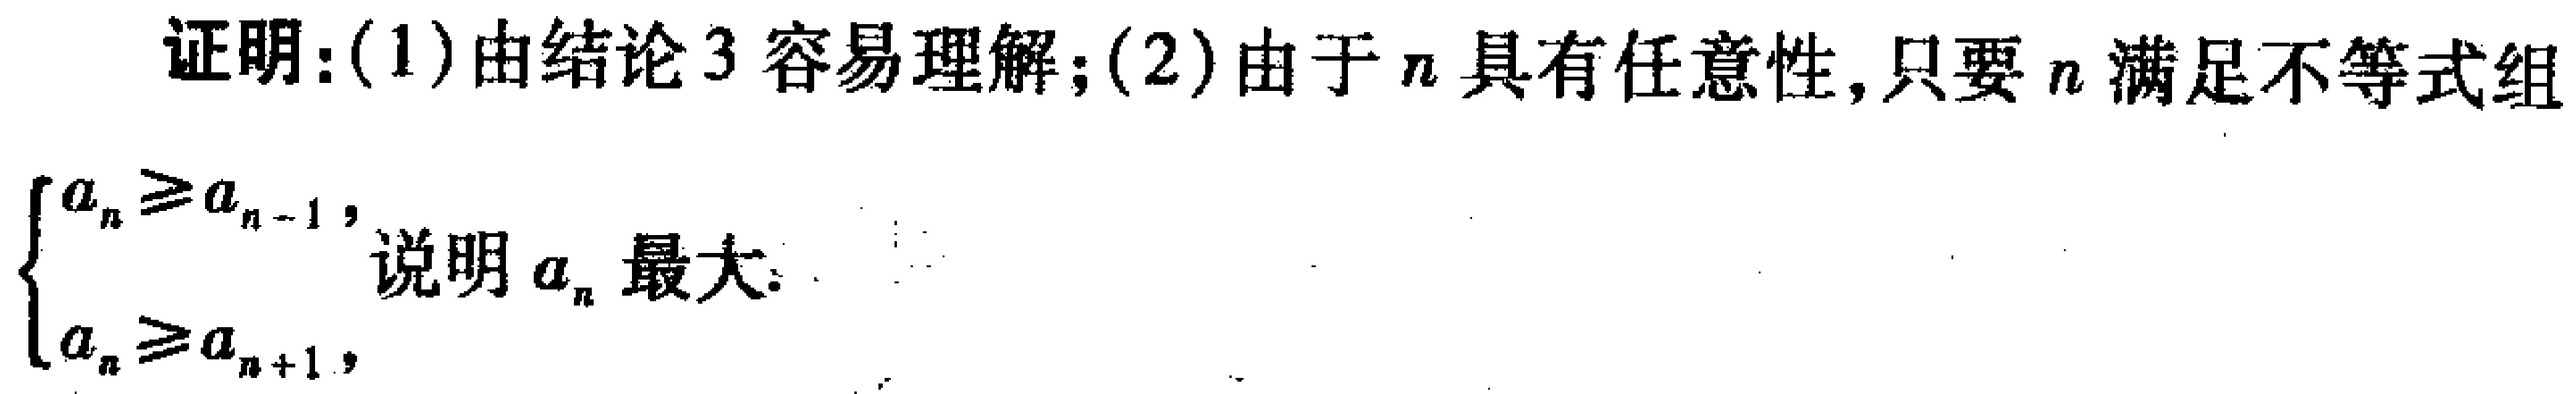
证明：(1) 由结论 3 容易理解；(2) 由于 \(n\) 具有任意性, 只要 \(n\) 满足不等式组
\[\begin{cases}
a_{n} \geq a_{n - 1}, \\
a_{n} \geq a_{n + 1},
\end{cases}\]
说明 \(a_{n}\) 最大.